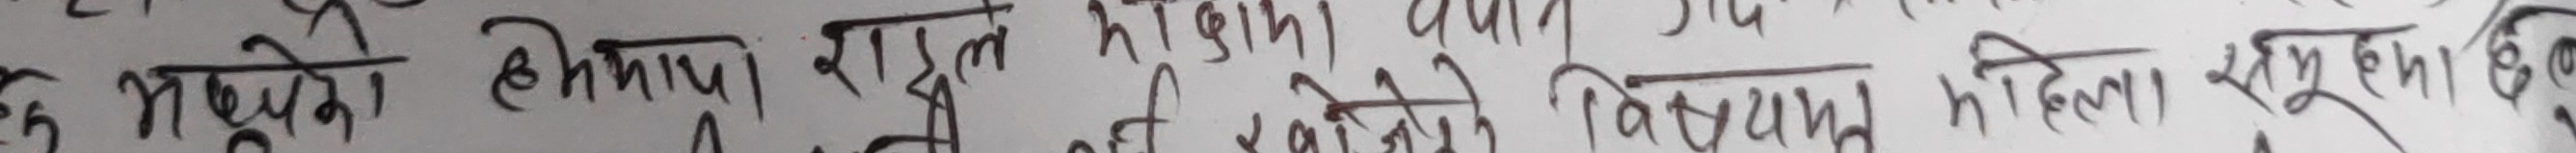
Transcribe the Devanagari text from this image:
प्रभुको हेमराज राउत मीण भयौ गए, केही विषयमा महिला समूहका छ।